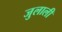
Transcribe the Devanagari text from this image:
जुलाली